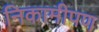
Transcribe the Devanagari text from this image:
निकामीपण